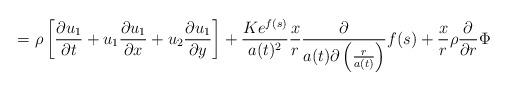
LaTeX: \begin{align*}=\rho\left[ \frac{\partial u_{1}}{\partial t}+u_{1}\frac{\partial u_{1}}{\partial x}+u_{2}\frac{\partial u_{1}}{\partial y}\right] +\frac{Ke^{f(s)}}{a(t)^{2}}\frac{x}{r}\frac{\partial}{a(t)\partial\left( \frac{r}{a(t)}\right) }f(s)+\frac{x}{r}\rho\frac{\partial}{\partial r}\Phi\end{align*}